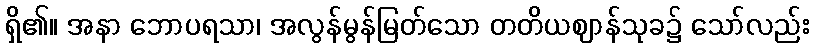
ရှိ၏။ အနာ ဘောပရသာ၊ အလွန်မွန်မြတ်သော တတိယဈာန်သုခ၌ သော်လည်း